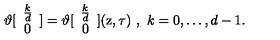
\vartheta [ \begin{array} { c } { \frac { k } { d } } \\ { 0 } \\ \end{array} ] = \vartheta [ \begin{array} { c } { \frac { k } { d } } \\ { 0 } \\ \end{array} ] ( \mathrm { z } , \tau ) \ , \ k = 0 , \ldots , d - 1 .